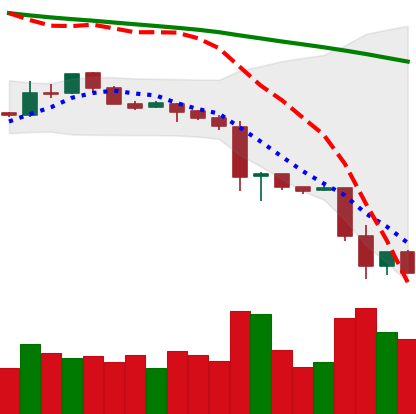
Ticker: LTC-USD
Chart end date: 2018-11-22
Forward return: -3.498%
Label: down_3_5